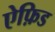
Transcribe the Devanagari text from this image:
ऐफ़िड